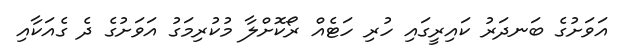
އަވަށުގެ ބަނދަރު ކައިރީގައި ހުރި ހަޓެއް ރޯކޮށްލާ މުކުރިމަގު އަވަށުގެ ދެ ގެއަކާއި